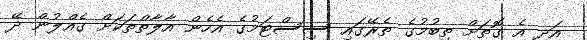
އަދި އެ ގޮތަށް ތިބުމުގެ ތެރޭގައި ސިސްޓަމުގެ އެހެން އާލާތްތަކަށް ގެއްލުން ދޭ